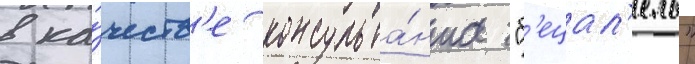
в ка́честв'е консульта́нта "б'ецал'ель"